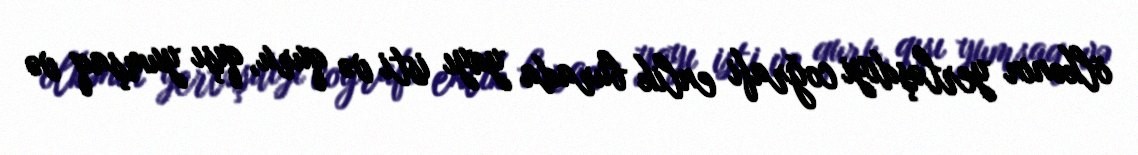
ölkənin yerləşdiyi coğrafi enlik burada yayı isti və quru, qışı yumşaq və